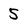
Character: 5